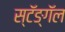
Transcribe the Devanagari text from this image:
स्टॅङ्गॅल